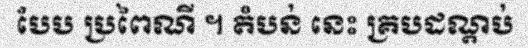
បែប ប្រពៃណី ។ តំបន់ នេះ គ្របដណ្តប់